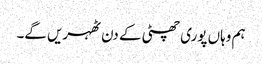
ہم وہاں پوری چھٹی کے دن ٹھہریں گے۔